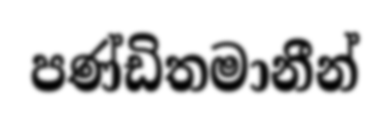
පණ්ඩිතමානීන්